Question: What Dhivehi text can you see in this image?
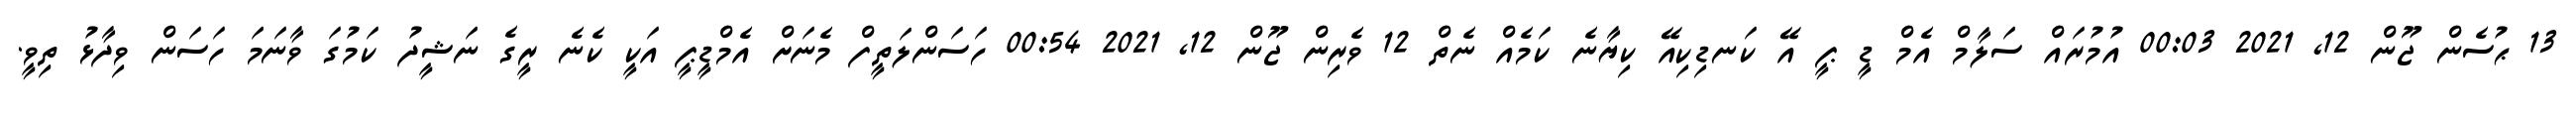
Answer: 13 ޙުސެން ޖޫން 12, 2021 00:03 އުމުރައް ސަލާމް އެމް ޑީ ޕީ އޭ ކަނޑިކިއޭ ކިޔާނެ ކަމެއް ނެތް 12 ވެރިން ޖޫން 12, 2021 00:54 ހަސަންލަތީފް މެނަށް އެމްޑީޕީ އަކީ ކެނެ ރީގެ ނަޝީދު ކަމުގަ ވާނަމަ ހަސަން ވިދާޅު ތިވީ.